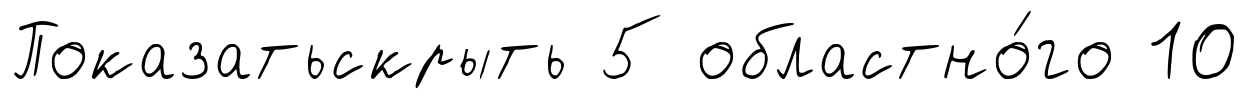
Показатьскрыть 5 областно́го 10